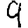
Digit: 9